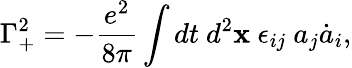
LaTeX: \Gamma_{+}^{2}=-\frac{e^{2}}{8\pi}\int dt~d^{2}{\mathbf x}~\epsilon_{ij}~a_{j}\dot{a}_{i},